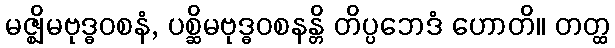
မဇ္ဈိမဗုဒ္ဓဝစနံ, ပစ္ဆိမဗုဒ္ဓဝစနန္တိ တိပ္ပဘေဒံ ဟောတိ။ တတ္ထ